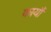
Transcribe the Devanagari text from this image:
कार्यौं